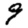
Digit: 9